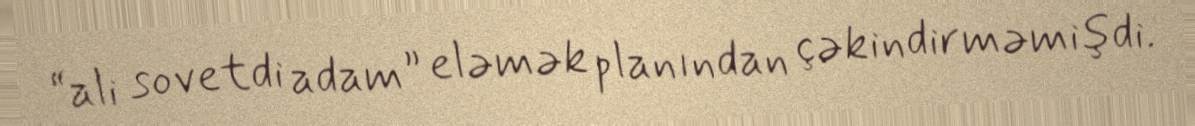
“ali sovetdi adam” eləmək planından çəkindirməmişdi.